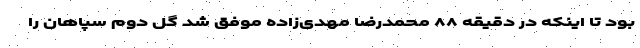
بود تا اینکه در دقیقه ۸۸ محمدرضا مهدی‌زاده موفق شد گل دوم سپاهان را